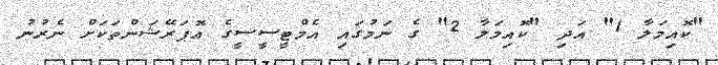
"ކޮއިމަލާ 1" އަދި "ކޮއިމަލާ 2" ގެ ނަމުގައި އެމްޓީސީސީގެ އޮޕަރޭޝަންތަކަށް ނެރުނު